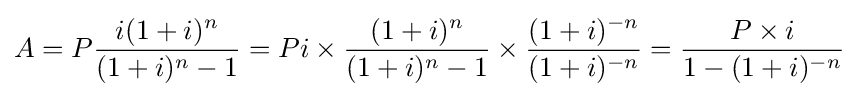
A=P{\frac {i(1+i)^{n}}{(1+i)^{n}-1}}=Pi\times {\frac {(1+i)^{n}}{(1+i)^{n}-1}}\times {\frac {(1+i)^{-n}}{(1+i)^{-n}}}={\frac {P\times i}{1-(1+i)^{-n}}}